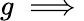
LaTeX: g\implies